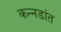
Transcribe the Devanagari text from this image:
कन्नडांत